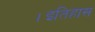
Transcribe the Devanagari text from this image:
।इतिहास